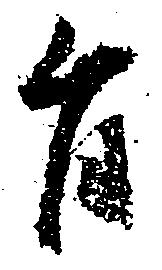
旨